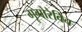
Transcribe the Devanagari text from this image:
गृगोरेविच